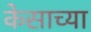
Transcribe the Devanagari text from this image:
केसाच्या